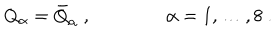
Q _ { \alpha } = \bar { Q } _ { \alpha } ~ , \qquad \qquad \alpha = 1 , \ldots , 8 ~ .